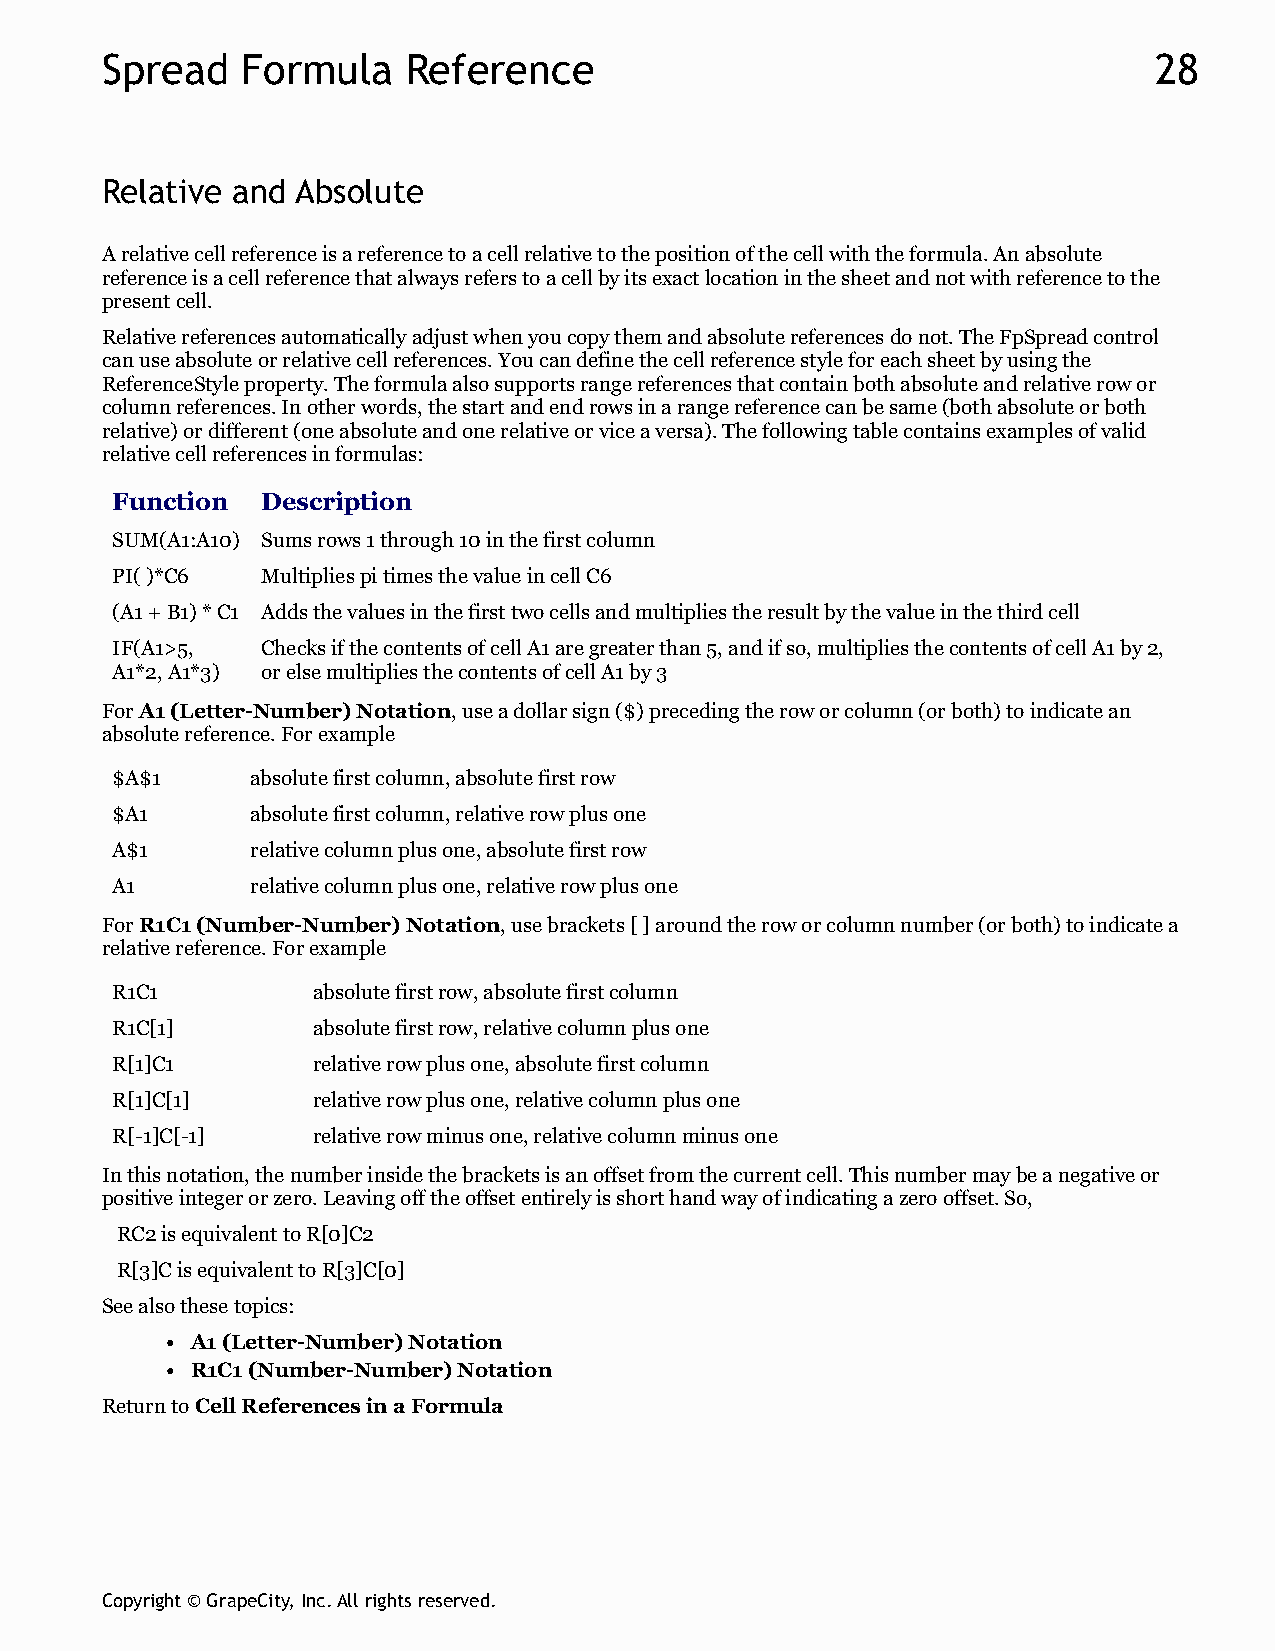
Spread   Formula    Reference                                        28
 Relative and Absolute
 A relative cell reference is a reference to a cell relative to the position of the cell with the formula. An absolute
 reference is a cell reference that always refers to a cell by its exact location in the sheet and not with reference to the
 present cell.
 Relative references automatically adjust when you copy them and absolute references do not. The FpSpread control
 can use absolute or relative cell references. You can define the cell reference style for each sheet by using the
 ReferenceStyle property. The formula also supports range references that contain both absolute and relative row or
 column references. In other words, the start and end rows in a range reference can be same (both absolute or both
 relative) or different (one absolute and one relative or vice a versa). The following table contains examples of valid
 relative cell references in formulas:
 Function  Description
 SUM(A1:A10) Sums rows 1 through 10 in the first column
 PI( )*C6  Multiplies pi times the value in cell C6
 (A1 + B1) * C1 Adds the values in the first two cells and multiplies the result by the value in the third cell
 IF(A1>5,  Checks if the contents of cell A1 are greater than 5, and if so, multiplies the contents of cell A1 by 2,
 A1*2, A1*3) or else multiplies the contents of cell A1 by 3
 For A1 (Letter-Number) Notation, use a dollar sign ($) preceding the row or column (or both) to indicate an
 absolute reference. For example
 $A$1      absolute first column, absolute first row
 $A1       absolute first column, relative row plus one
 A$1       relative column plus one, absolute first row
 A1        relative column plus one, relative row plus one
 For R1C1 (Number-Number) Notation, use brackets [ ] around the row or column number (or both) to indicate a
 relative reference. For example
 R1C1          absolute first row, absolute first column
 R1C[1]        absolute first row, relative column plus one
 R[1]C1        relative row plus one, absolute first column
 R[1]C[1]      relative row plus one, relative column plus one
 R[-1]C[-1]    relative row minus one, relative column minus one
 In this notation, the number inside the brackets is an offset from the current cell. This number may be a negative or
 positive integer or zero. Leaving off the offset entirely is short hand way of indicating a zero offset. So,
 RC2 is equivalent to R[0]C2
 R[3]C is equivalent to R[3]C[0]
 See also these topics:
 A1 (Letter-Number) Notation
 R1C1 (Number-Number) Notation
 Return to Cell References in a Formula
 Copyright © GrapeCity, Inc. All rights reserved.